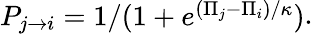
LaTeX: \begin{array}{l}{P_{j\to i}=1/(1+e^{(\Pi_{j}-\Pi_{i})/\kappa})}\end{array}.